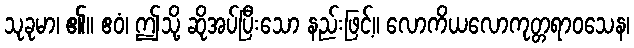
သုခုမာ၊ ၏။ ဧဝံ၊ ဤသို့ ဆိုအပ်ပြီးသော နည်းဖြင့်။ လောကိယလောကုတ္တရာဝသေန၊